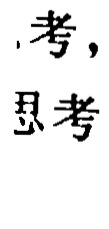
., 考，
思考